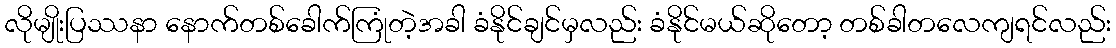
လိုမျိုးပြဿနာ နောက်တစ်ခေါက်ကြုံတဲ့အခါ ခံနိုင်ချင်မှလည်း ခံနိုင်မယ်ဆိုတော့ တစ်ခါတလေကျရင်လည်း